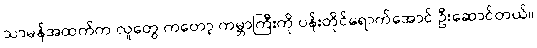
သာမန်အထက်က လူတွေ ကတော့ ကမ္ဘာကြီးကို ပန်းတိုင်ရောက်အောင် ဦးဆောင်တယ်။